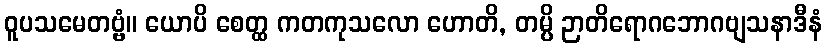
ဝူပသမေတဗ္ဗံ။ ယောပိ စေတ္ထ ကတကုသလော ဟောတိ, တမ္ပိ ဉာတိရောဂဘောဂဗျသနာဒီနံ